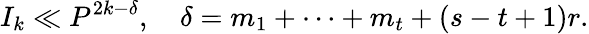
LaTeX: I_{k}\ll P^{2k-\delta},\quad\delta=m_{1}+\dots+m_{t}+(s-t+1)r.